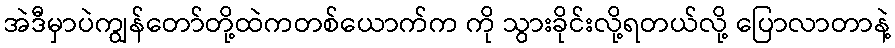
အဲဒီမှာပဲကျွန်တော်တို့ထဲကတစ်ယောက်က ကို သွားခိုင်းလို့ရတယ်လို့ ပြောလာတာနဲ့